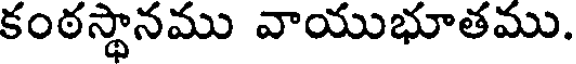
కంఠస్థానము వాయుభూతము.